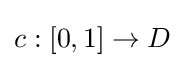
c:[0,1]\to D